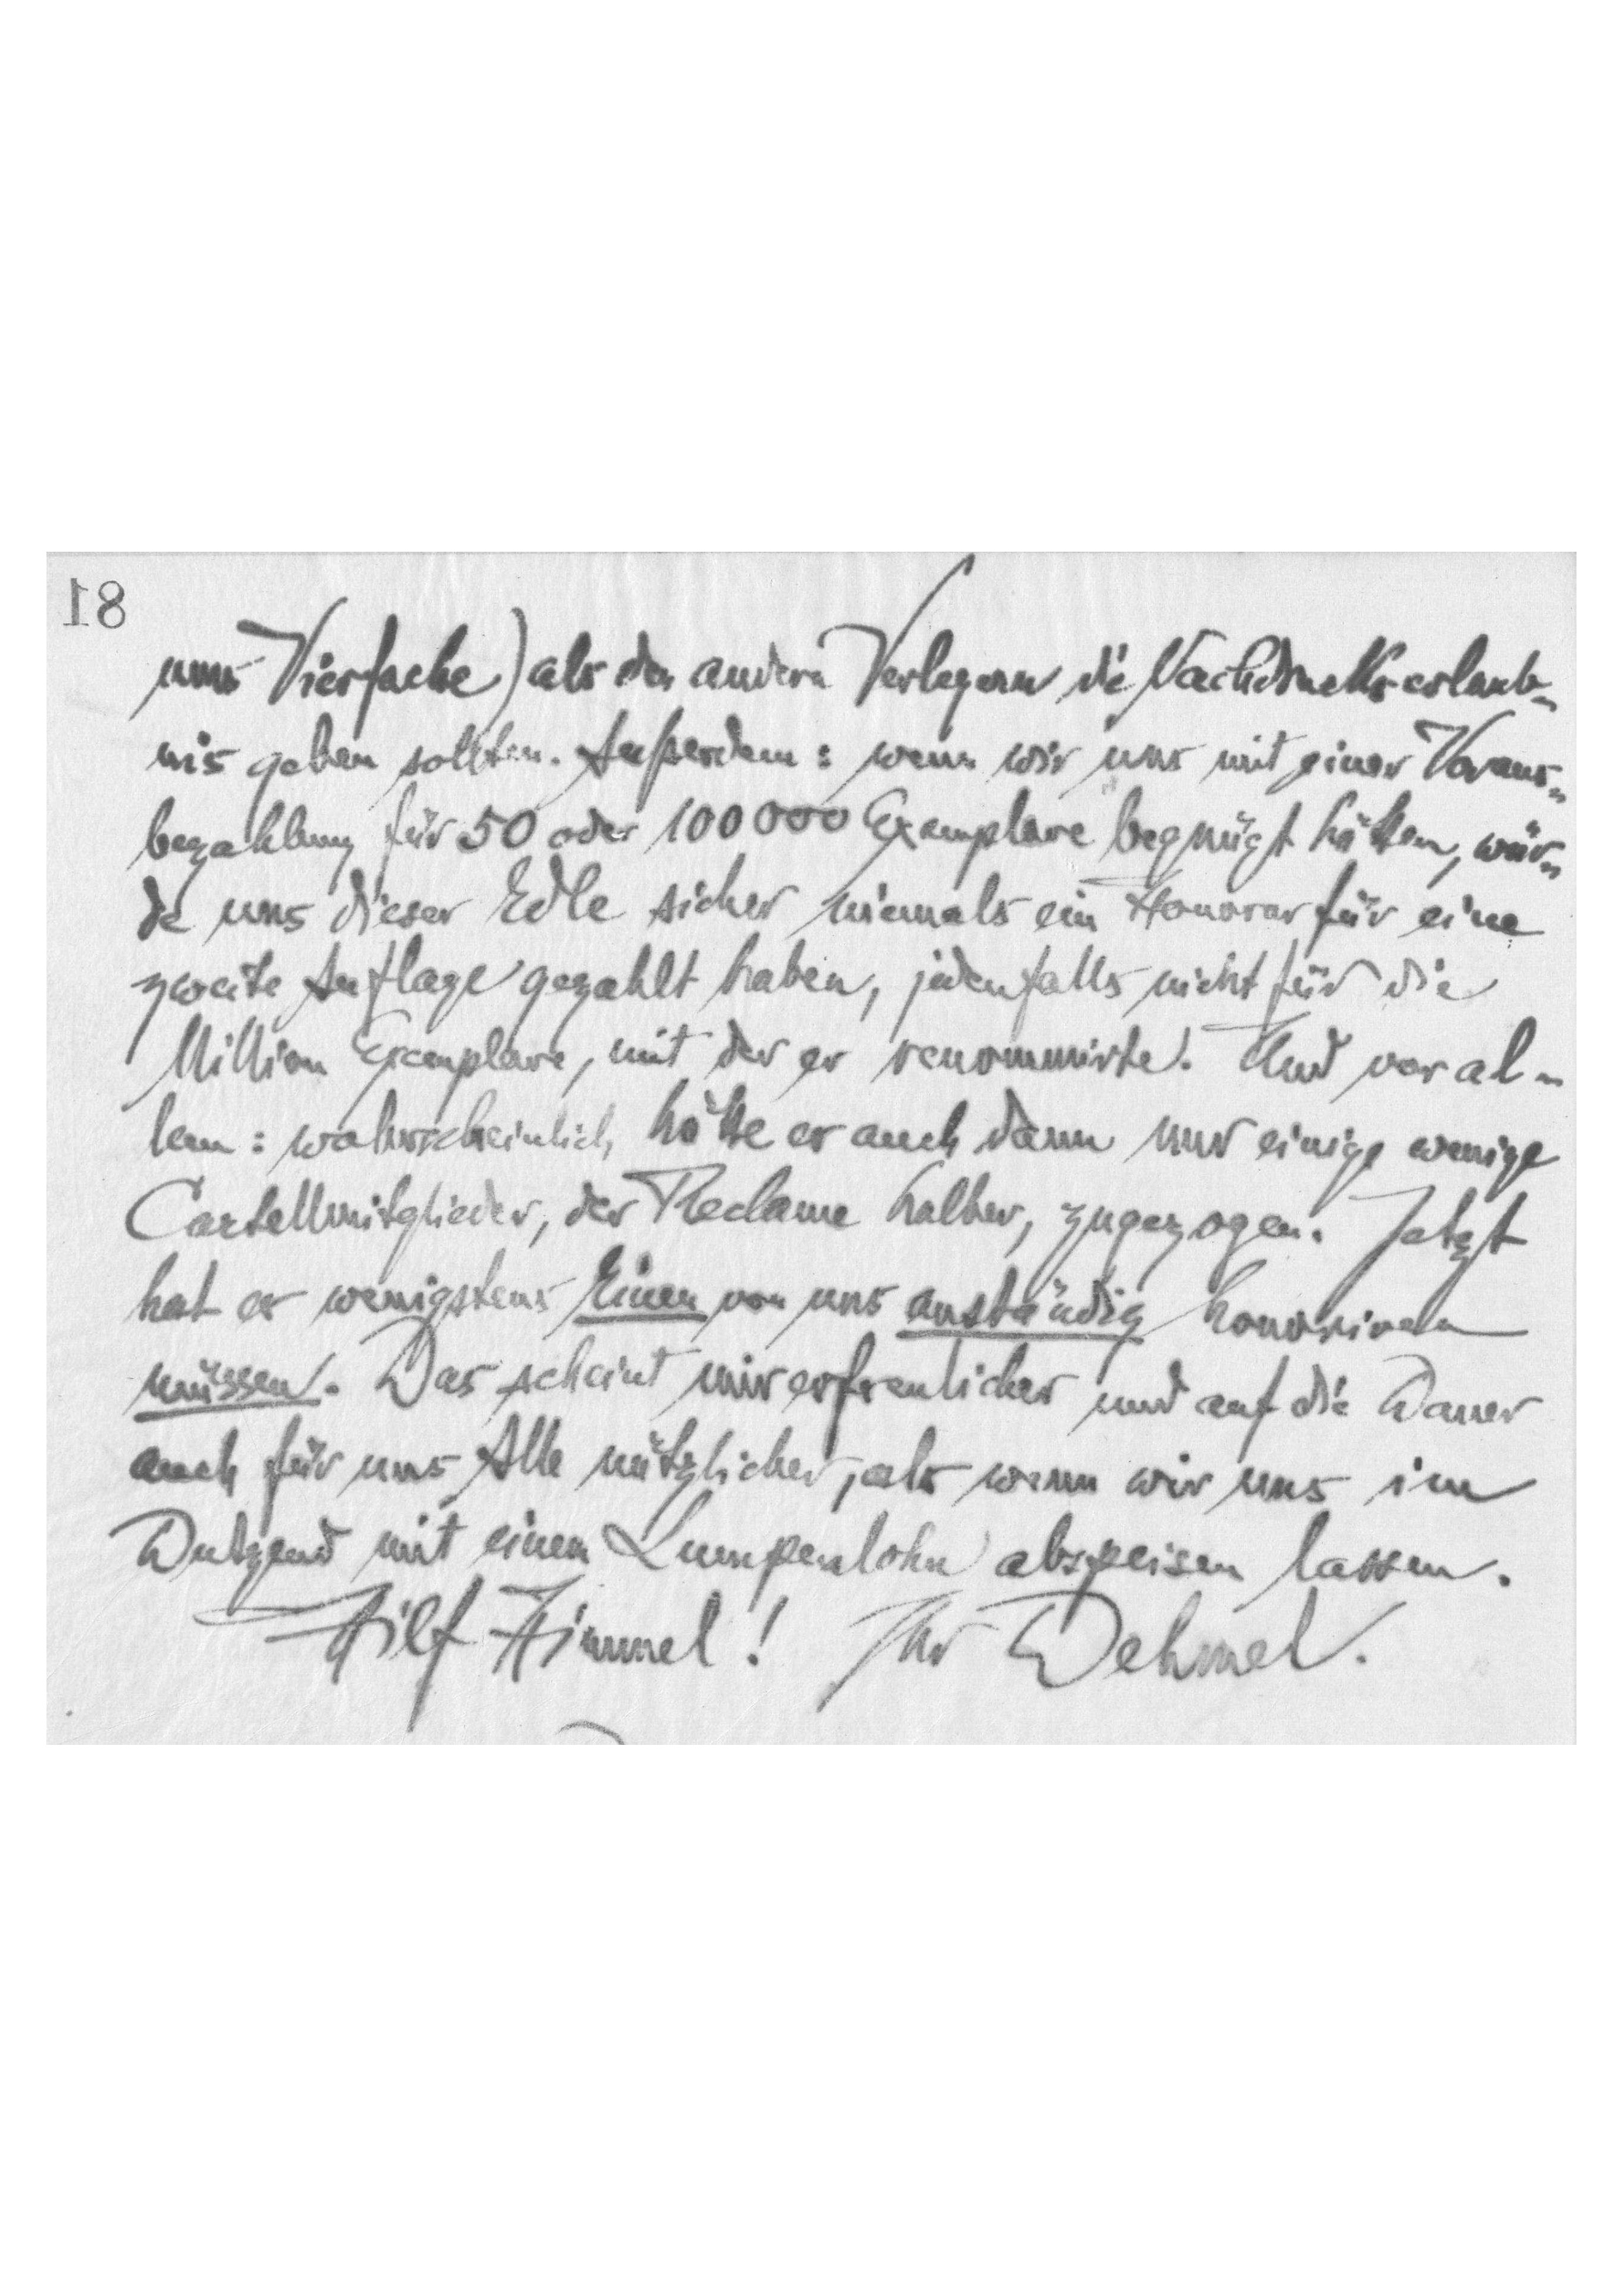
ums Vierfache) als den andern Verlegern die Nachdruckserlaub-
geben sollten. Außerdem: wenn wir uns mit einer Voraus-
bezahlung für 50 oder 100 000 Exemolare begnügt hätten, wür-
de uns dieser Edle sicher niemals ein Honorar für eine
zweite Auflage gezahlt haben, jedenfalls nicht für die
Million Exemplare, mit der er renommirte. Und voral-
lem: wahrscheinlich hättte er auch dann nur einige wenige
Cartellmitglieder, der Reclame halber, zugezogen. Jetzt
hat er wenigstens Einen von uns anständig honoriren
müssen. Das scheint mir erfreulicher und auf die Dauer
auch für uns Alle nützlicher, als wenn wir uns im
Dutzend mit einem Lumpenlohn abspeisen lassen.
Hilf Himmel! Ihr Dehmel.